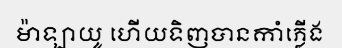
ម៉ាឡាយូ ហើយទិញបានកាំភ្លើង